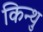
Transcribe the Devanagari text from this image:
किन्थु